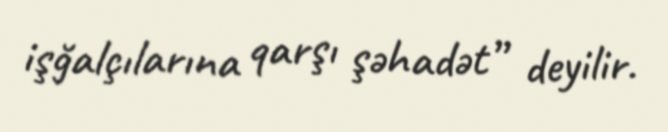
işğalçılarına qarşı şəhadət” deyilir.